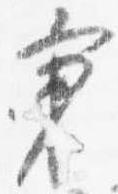
秉